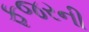
ફજરની